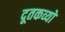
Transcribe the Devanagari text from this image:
दूतकव्यों